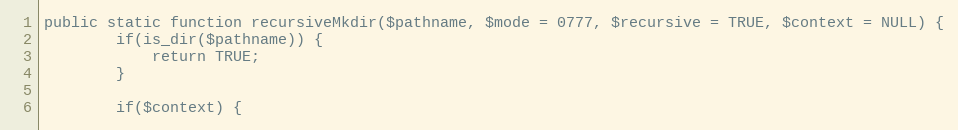
Language: PHP
public static function recursiveMkdir($pathname, $mode = 0777, $recursive = TRUE, $context = NULL) {
        if(is_dir($pathname)) {
            return TRUE;
        }

        if($context) {